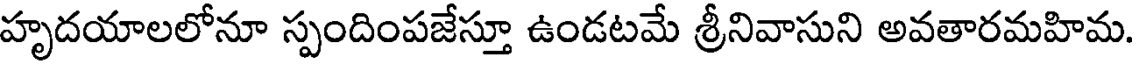
హృదయాలలోనూ స్పందింపజేస్తూ ఉండటమే శ్రీనివాసుని అవతారమహిమ.